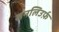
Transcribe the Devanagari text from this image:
सनलिउर्फ़